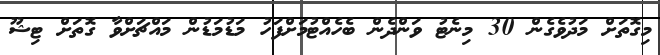
މިގޮތަށް މަދުވެގެން 30 މިނެޓު ވަންދެން ބެހެއްޓުމަށްފަހު މަޑުމަޑުން މައްޗަށްވާ ގޮތަށް ޓިޝޫ